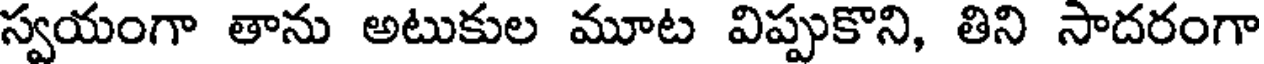
స్వయంగా తాను అటుకుల మూట విప్పుకొని, తిని సాదరంగా